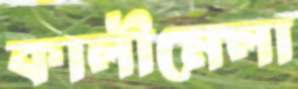
কালীমেলা